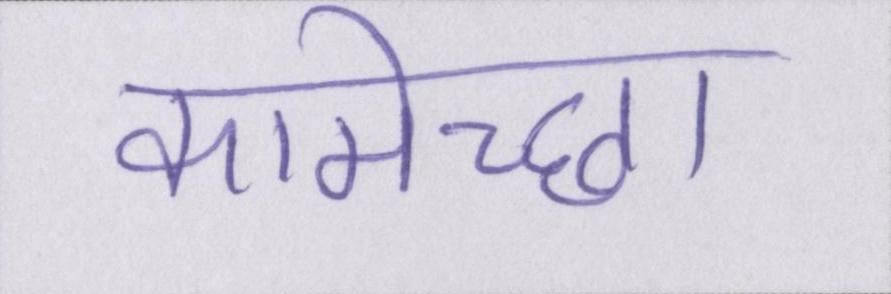
कामेच्छा